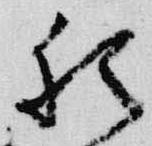
猶